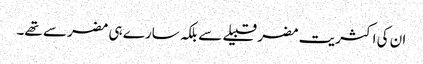
ان کی اکثریت مضر قبیلے سے بلکہ سارے ہی مضر سے تھے۔